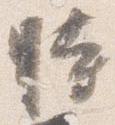
時